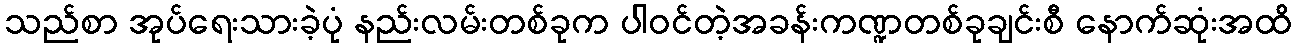
သည်စာ အုပ်ရေးသားခဲ့ပုံ နည်းလမ်းတစ်ခုက ပါဝင်တဲ့အခန်းကဏ္ဍတစ်ခုချင်းစီ နောက်ဆုံးအထိ